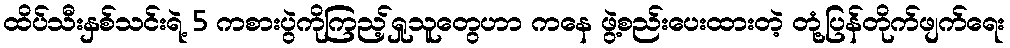
ထိပ်သီးနှစ်သင်းရဲ့ 5 ကစားပွဲကိုကြည့်ရှုသူတွေဟာ ကနေ ဖွဲ့စည်းပေးထားတဲ့ တုံ့ပြန်တိုက်ဖျက်ရေး